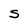
Character: S